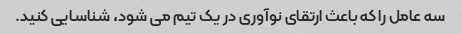
سه عامل را که باعث ارتقای نوآوری در یک تیم می شود، شناسایی کنید.